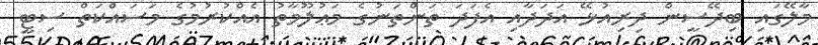
މާލޭގައި ބިދޭސީން ދިރިއުޅޭ އަދަދާއި އެފަދަ ތަންތަނުގެ މަޢުލޫމާތު އެއްކުރުމުގެ މަސައްކަތް ސިޓީ